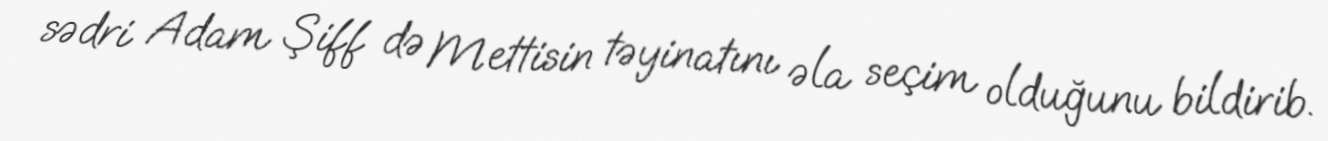
sədri Adam Şiff də Mettisin təyinatını əla seçim olduğunu bildirib.